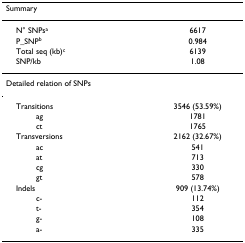
| Summary |  |
 | --- | --- |
 | N° SNPsa | 6617 |
 | P_SNPb | 0.984 |
 | Total seq (kb)c | 6139 |
 | SNP/kb | 1.08 |
 | Detailed relation of SNPs |  |
 | Transitions | 3546 (53.59%) |
 | ag | 1781 |
 | ct | 1765 |
 | Transversions | 2162 (32.67%) |
 | ac | 541 |
 | at | 713 |
 | cg | 330 |
 | gt | 578 |
 | Indels | 909 (13.74%) |
 | c- | 112 |
 | t- | 354 |
 | g- | 108 |
 | a- | 335 |